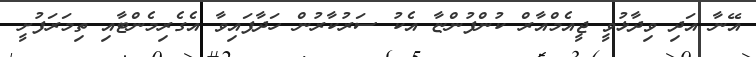
އޭނާ އަދި ވިދާޅުވީ ޖީއެމްއާރް ކުންފުންޏާ އެކު ސަރުކާރުން ހަދާފައިވާ އެގެރިމެންޓާއި ތިމަރަފުށީ